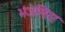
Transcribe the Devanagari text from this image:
भजलिया